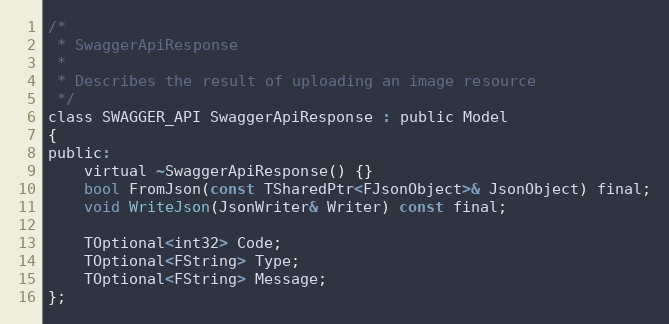
Language: C
/*
 * SwaggerApiResponse
 *
 * Describes the result of uploading an image resource
 */
class SWAGGER_API SwaggerApiResponse : public Model
{
public:
    virtual ~SwaggerApiResponse() {}
	bool FromJson(const TSharedPtr<FJsonObject>& JsonObject) final;
	void WriteJson(JsonWriter& Writer) const final;

	TOptional<int32> Code;
	TOptional<FString> Type;
	TOptional<FString> Message;
};